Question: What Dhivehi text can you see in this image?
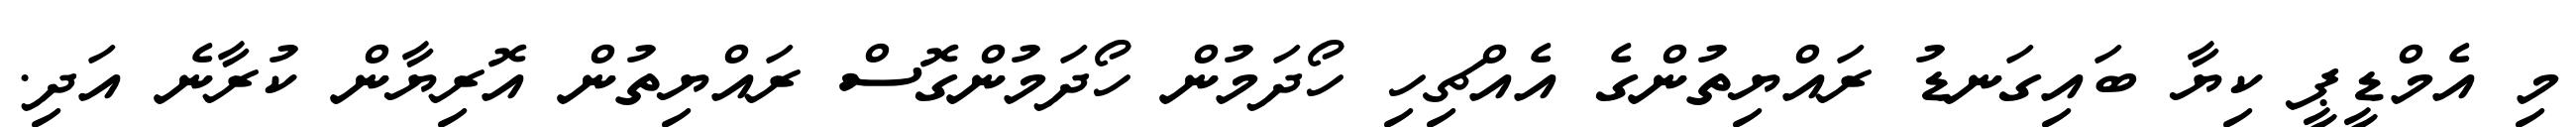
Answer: މި އެމްޑީޕީ ކިޔާ ބައިގަނޑު ރައްޔިތުންގެ އެއްޗިހި ހޯދަމުން ހޯދަމުންގޮސް ރައްޔިތުން އޮރިޔާން ކުރާނެ އަދި.